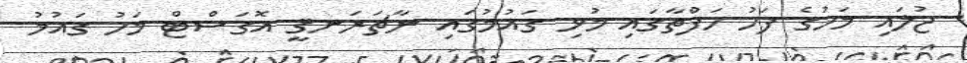
ޖުލައި މަހުގެ ފަހު ހަފްތާގައި މުޅި ގައުމުގައި ނާޗަރަނޤީ އޮގަސްޓް މަހު ގައުމު